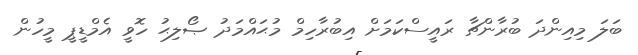
ބަލަ މިއިންދަ ބުރާންޗާ ރައީސްކަމަށް އިބުރާހިމް މުޙައްމަދު ޞޯލިޙު ހޮވީ އެމްޑީޕީ މީހުން